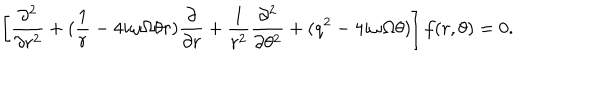
\left[ \frac { \partial ^ { 2 } } { \partial r ^ { 2 } } + ( \frac { 1 } { r } - 4 i \omega \Omega \theta r ) \frac { \partial } { \partial r } + \frac { 1 } { r ^ { 2 } } \frac { \partial ^ { 2 } } { \partial \theta ^ { 2 } } + ( q ^ { 2 } - 4 i \omega \Omega \theta ) \right] f ( r , \theta ) = 0 .